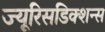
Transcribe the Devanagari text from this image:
ज्यूरिसडिक्शन्स